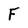
Character: F